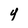
Character: y